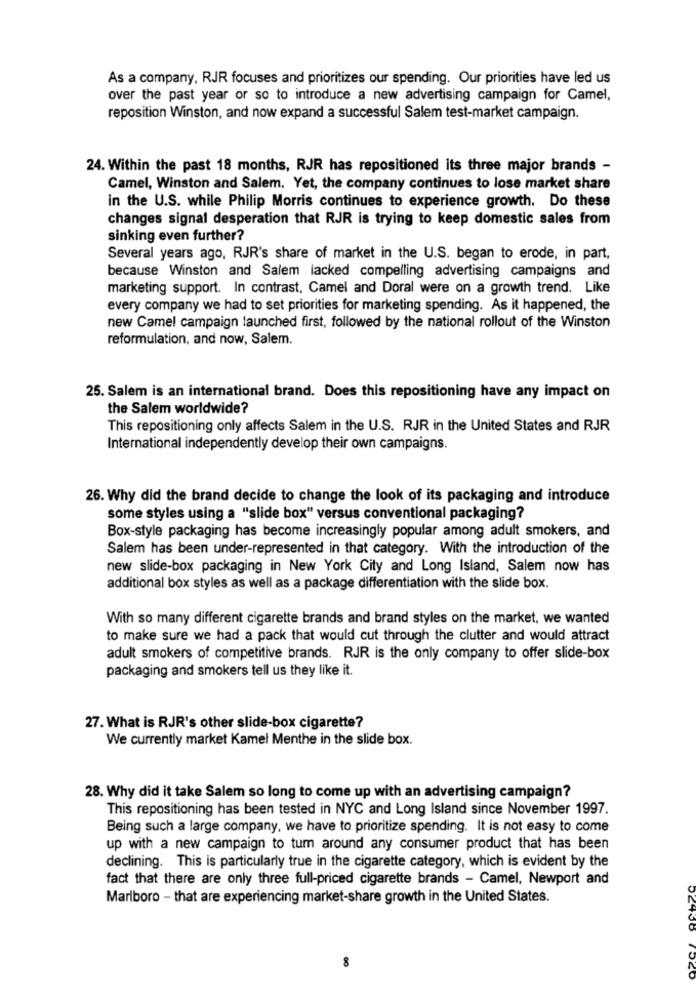
As a company, RJR focuses and prioritizes our spending. Our priorities have led us
over the past year or so to introduce a new advertising campaign for Camel,
reposition Winston, and now expand a successful Salem test-market campaign.
24. Within the past 18 months, RJR has repositioned its three major brands -
Camel, Winston and Salem. Yet, the company continues to lose market share
in the U.S. while Philip Morris continues to experience growth. Do these
changes signal desperation that RJR is trying to keep domestic sales from
sinking even further?
Several years ago, RJR's share of market in the U.S. began to erode, in part,
because Winston and Salem lacked compelling advertising campaigns and
marketing support. In contrast, Camel and Doral were on a growth trend. Like
every company we had to set priorities for marketing spending. As it happened, the
new Camel campaign launched first, followed by the national rollout of the Winston
reformulation, and now, Salem.
25. Salem is an international brand. Does this repositioning have any impact on
the Salem worldwide?
This repositioning only affects Salem in the U.S. RJR in the United States and RJR
International independently develop their own campaigns.
26. Why did the brand decide to change the look of its packaging and introduce
some styles using a "slide box" versus conventional packaging?
Box-style packaging has become increasingly popular among adult smokers, and
Salem has been under-represented in that category. With the introduction of the
new slide-box packaging in New York City and Long Island, Salem now has
additional box styles as well as a package differentiation with the slide box.
With so many different cigarette brands and brand styles on the market, we wanted
to make sure we had a pack that would cut through the clutter and would attract
adult smokers of competitive brands. RJR is the only company to offer slide-box
packaging and smokers tell us they like it.
27. What is RJR's other slide-box cigarette?
We currently market Kamel Menthe in the slide box.
28. Why did it take Salem so long to come up with an advertising campaign?
This repositioning has been tested in NYC and Long Island since November 1997.
Being such a large company, we have to prioritize spending. It is not easy to come
up with a new campaign to tum around any consumer product that has been
declining. This is particularly true in the cigarette category, which is evident by the
fact that there are only three full-priced cigarette brands - Camel, Newport and
Marlboro - that are experiencing market-share growth in the United States.
8